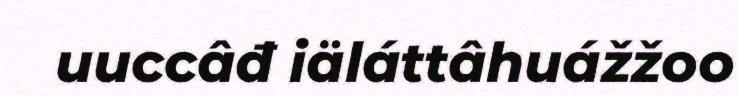
uuccâđ iäláttâhuážžoo